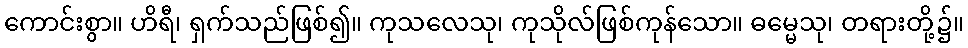
ကောင်းစွာ။ ဟိရီ၊ ရှက်သည်ဖြစ်၍။ ကုသလေသု၊ ကုသိုလ်ဖြစ်ကုန်သော။ ဓမ္မေသု၊ တရားတို့၌။